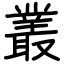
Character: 叢